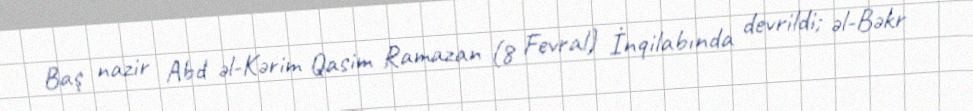
Baş nazir Abd əl-Kərim Qasim Ramazan (8 Fevral) İnqilabında devrildi; əl-Bəkr